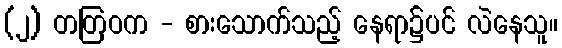
(၂) တတြဝက - စားသောက်သည့် နေရာ၌ပင် လဲနေသူ။